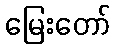
မြေးတော်